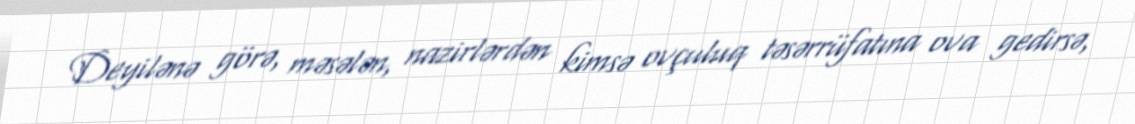
Deyilənə görə, məsələn, nazirlərdən kimsə ovçuluq təsərrüfatına ova gedirsə,